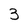
Character: 3